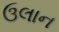
ઉલાન